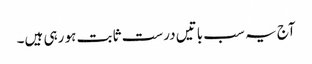
آج یہ سب باتیں درست ثابت ہو رہی ہیں۔